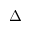
\Delta